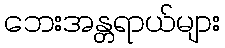
ဘေးအန္တရာယ်များ